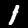
Label: 1